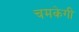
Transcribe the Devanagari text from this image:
चमकेगी